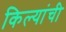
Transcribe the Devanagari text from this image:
किल्यांची